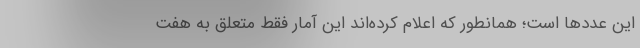
این عددها است؛ همانطور که اعلام کرده‌اند این آمار فقط متعلق به هفت